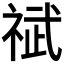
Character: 𫀐